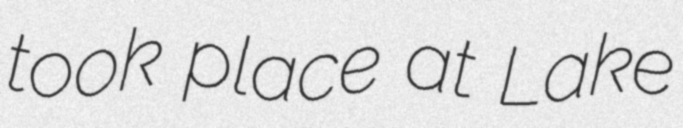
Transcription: took place at Lake